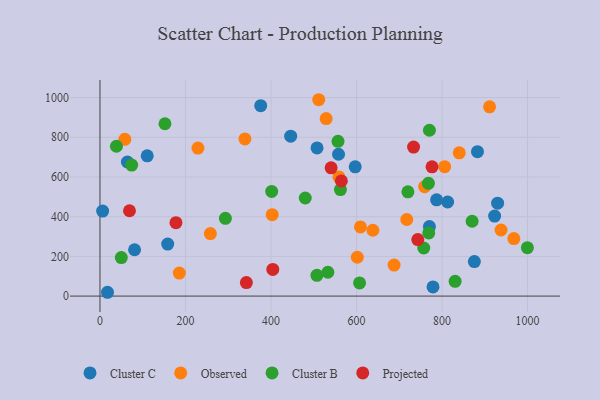
{"axis": {"x": "Price", "y": "Fuel Efficiency"}, "legend": ["Cluster B", "Cluster C", "Observed", "Projected"], "data": [{"x": "6.2", "y": 428.3, "type": "Cluster C"}, {"x": "64.1", "y": 675.3, "type": "Cluster C"}, {"x": "158.4", "y": 261.8, "type": "Cluster C"}, {"x": "110.5", "y": 706.4, "type": "Cluster C"}, {"x": "80.9", "y": 233.3, "type": "Cluster C"}, {"x": "778.9", "y": 46.3, "type": "Cluster C"}, {"x": "557.9", "y": 714.5, "type": "Cluster C"}, {"x": "596.9", "y": 651.1, "type": "Cluster C"}, {"x": "446.0", "y": 805.5, "type": "Cluster C"}, {"x": "813.1", "y": 473.9, "type": "Cluster C"}, {"x": "375.9", "y": 959.1, "type": "Cluster C"}, {"x": "507.7", "y": 746.1, "type": "Cluster C"}, {"x": "787.3", "y": 485.1, "type": "Cluster C"}, {"x": "923.0", "y": 402.9, "type": "Cluster C"}, {"x": "770.5", "y": 350.1, "type": "Cluster C"}, {"x": "875.6", "y": 173.8, "type": "Cluster C"}, {"x": "930.0", "y": 467.8, "type": "Cluster C"}, {"x": "882.9", "y": 727.2, "type": "Cluster C"}, {"x": "17.6", "y": 19.2, "type": "Cluster C"}, {"x": "759.3", "y": 551.3, "type": "Observed"}, {"x": "840.3", "y": 721.6, "type": "Observed"}, {"x": "511.6", "y": 989.1, "type": "Observed"}, {"x": "529.0", "y": 894.2, "type": "Observed"}, {"x": "938.0", "y": 332.9, "type": "Observed"}, {"x": "687.8", "y": 156.3, "type": "Observed"}, {"x": "806.2", "y": 651.9, "type": "Observed"}, {"x": "58.1", "y": 789.6, "type": "Observed"}, {"x": "601.8", "y": 195.7, "type": "Observed"}, {"x": "638.3", "y": 331.6, "type": "Observed"}, {"x": "258.2", "y": 314.9, "type": "Observed"}, {"x": "911.2", "y": 953.2, "type": "Observed"}, {"x": "339.0", "y": 791.7, "type": "Observed"}, {"x": "609.2", "y": 348.4, "type": "Observed"}, {"x": "402.8", "y": 410.2, "type": "Observed"}, {"x": "717.6", "y": 385.7, "type": "Observed"}, {"x": "185.6", "y": 115.8, "type": "Observed"}, {"x": "968.0", "y": 289.9, "type": "Observed"}, {"x": "229.1", "y": 745.4, "type": "Observed"}, {"x": "558.8", "y": 600.3, "type": "Observed"}, {"x": "768.2", "y": 568.2, "type": "Cluster B"}, {"x": "562.4", "y": 536.4, "type": "Cluster B"}, {"x": "401.6", "y": 527.3, "type": "Cluster B"}, {"x": "607.1", "y": 66.1, "type": "Cluster B"}, {"x": "999.6", "y": 243.7, "type": "Cluster B"}, {"x": "556.7", "y": 779.4, "type": "Cluster B"}, {"x": "507.4", "y": 104.8, "type": "Cluster B"}, {"x": "480.1", "y": 494.1, "type": "Cluster B"}, {"x": "757.3", "y": 242.3, "type": "Cluster B"}, {"x": "49.9", "y": 194.0, "type": "Cluster B"}, {"x": "74.2", "y": 660.0, "type": "Cluster B"}, {"x": "293.3", "y": 391.8, "type": "Cluster B"}, {"x": "38.5", "y": 754.8, "type": "Cluster B"}, {"x": "830.6", "y": 74.6, "type": "Cluster B"}, {"x": "770.5", "y": 835.3, "type": "Cluster B"}, {"x": "720.2", "y": 525.3, "type": "Cluster B"}, {"x": "152.0", "y": 868.0, "type": "Cluster B"}, {"x": "870.4", "y": 377.0, "type": "Cluster B"}, {"x": "533.0", "y": 120.1, "type": "Cluster B"}, {"x": "769.0", "y": 318.4, "type": "Cluster B"}, {"x": "564.6", "y": 580.0, "type": "Projected"}, {"x": "69.0", "y": 429.8, "type": "Projected"}, {"x": "177.7", "y": 369.6, "type": "Projected"}, {"x": "733.4", "y": 750.7, "type": "Projected"}, {"x": "743.3", "y": 284.9, "type": "Projected"}, {"x": "342.4", "y": 68.0, "type": "Projected"}, {"x": "540.6", "y": 646.1, "type": "Projected"}, {"x": "404.2", "y": 134.2, "type": "Projected"}, {"x": "776.6", "y": 651.1, "type": "Projected"}]}